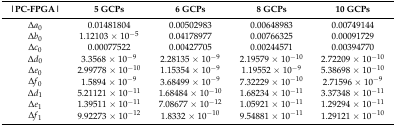
<table><thead><tr><td><b>|PC-FPGA|</b></td><td><b>5 GCPs</b></td><td><b>6 GCPs</b></td><td><b>8 GCPs</b></td><td><b>10 GCPs</b></td></tr></thead><tbody><tr><td>Δ<i>a</i><sub>0</sub></td><td>0.01481804</td><td>0.00502983</td><td>0.00648983</td><td>0.00749144</td></tr><tr><td>Δ<i>b</i><sub>0</sub></td><td>1.12103 × 10<sup>−5</sup></td><td>0.04178977</td><td>0.00766325</td><td>0.00091729</td></tr><tr><td>Δ<i>c</i><sub>0</sub></td><td>0.00077522</td><td>0.00427705</td><td>0.00244571</td><td>0.00394770</td></tr><tr><td>Δ<i>d</i><sub>0</sub></td><td>3.3568 × 10<sup>−9</sup></td><td>2.28135 × 10<sup>−9</sup></td><td>2.19579 × 10<sup>−10</sup></td><td>2.72209 × 10<sup>−10</sup></td></tr><tr><td>Δ<i>e</i><sub>0</sub></td><td>2.99778 × 10<sup>−10</sup></td><td>1.15354 × 10<sup>−9</sup></td><td>1.19552 × 10<sup>−9</sup></td><td>5.38698 × 10<sup>−10</sup></td></tr><tr><td>Δ<i>f</i><sub>0</sub></td><td>1.5894 × 10<sup>−9</sup></td><td>3.68499 × 10<sup>−9</sup></td><td>7.32229 × 10<sup>−10</sup></td><td>2.71596 × 10<sup>−9</sup></td></tr><tr><td>Δ<i>d</i><sub>1</sub></td><td>5.21121 × 10<sup>−11</sup></td><td>1.68484 × 10<sup>−10</sup></td><td>1.68234 × 10<sup>−11</sup></td><td>3.37348 × 10<sup>−11</sup></td></tr><tr><td>Δ<i>e</i><sub>1</sub></td><td>1.39511 × 10<sup>−11</sup></td><td>7.08677 × 10<sup>−12</sup></td><td>1.05921 × 10<sup>−11</sup></td><td>1.29294 × 10<sup>−11</sup></td></tr><tr><td>Δ<i>f</i><sub>1</sub></td><td>9.92273 × 10<sup>−12</sup></td><td>1.8332 × 10<sup>−10</sup></td><td>9.54881 × 10<sup>−11</sup></td><td>1.29121 × 10<sup>−10</sup></td></tr></tbody></table>